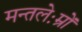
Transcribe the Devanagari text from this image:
मन्तलेःम्रों